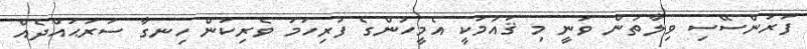
ފަރަންސޭސި ވިލާތުން ވަނީ މި ޤައުމަކީ އެމީހުންގެ ފުރިހަމަ ވެރިކަން ހިނގާ ސަރަޙައްދެއް